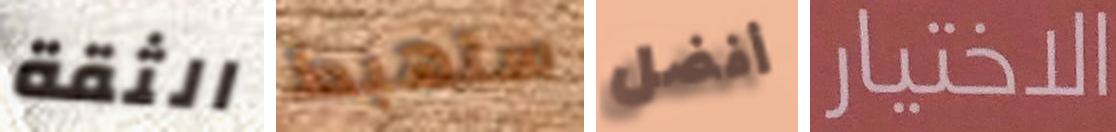
الثقة ستهبط أفضل الاختيار